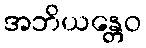
အဘိယန္တေဝ